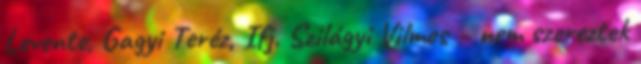
Levente, Gagyi Teréz, Ifj. Szilágyi Vilmos – nem szereztek